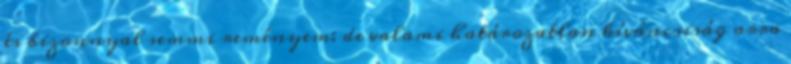
és bizonnyal semmi reményem: de valami határozatlan kíváncsiság arra